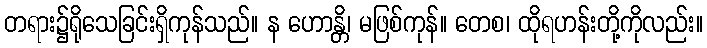
တရား၌ရိုသေခြင်းရှိကုန်သည်။ န ဟောန္တိ၊ မဖြစ်ကုန်။ တေစ၊ ထိုရဟန်းတို့ကိုလည်း။